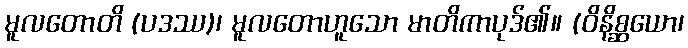
မူလတောတိ (ပဒဿ)၊ မူလတောဟူသော မာတိကာပုဒ်၏။ (ဝိနိစ္ဆယော၊